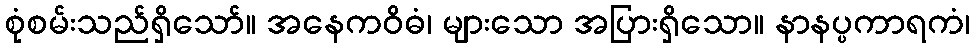
စုံစမ်းသည်ရှိသော်။ အနေကဝိဓံ၊ များသော အပြားရှိသော။ နာနပ္ပကာရကံ၊